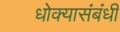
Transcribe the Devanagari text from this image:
धोक्यासंबंधी